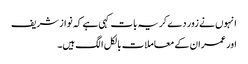
انہوں نے زور دے کر یہ بات کہی ہے کہ نواز شریف
اور عمران کے معاملات بالکل الگ ہیں۔